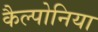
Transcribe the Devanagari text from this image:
कैल्पोनिया